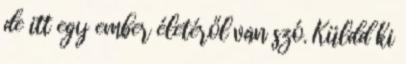
de itt egy ember életéről van szó. Küldd ki